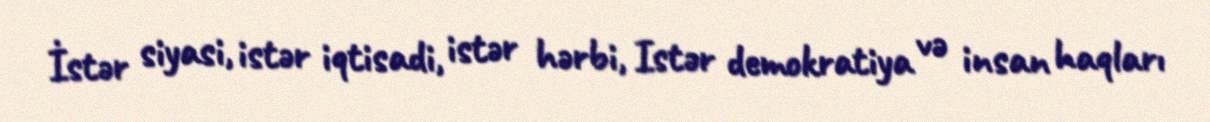
İstər siyasi, istər iqtisadi, istər hərbi, Istər demokratiya və insan haqları